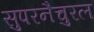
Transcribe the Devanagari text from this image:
सुपरनैचुरल